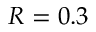
R = 0 . 3